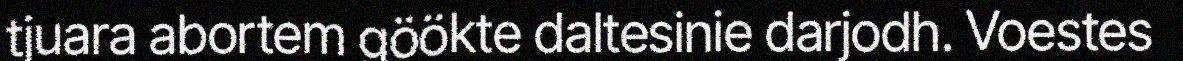
tjuara abortem göökte daltesinie darjodh. Voestes